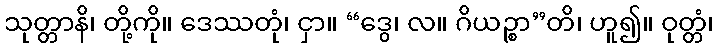
သုတ္တာနိ၊ တို့ကို။ ဒေဿတုံ၊ ငှာ။ “ဒွေ၊ လ။ ဂိယဉ္စာ”တိ၊ ဟူ၍။ ဝုတ္တံ၊